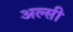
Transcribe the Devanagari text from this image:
अल्‍सी